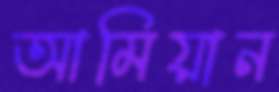
আমিয়ান